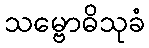
သမ္ဗောဓိသုခံ